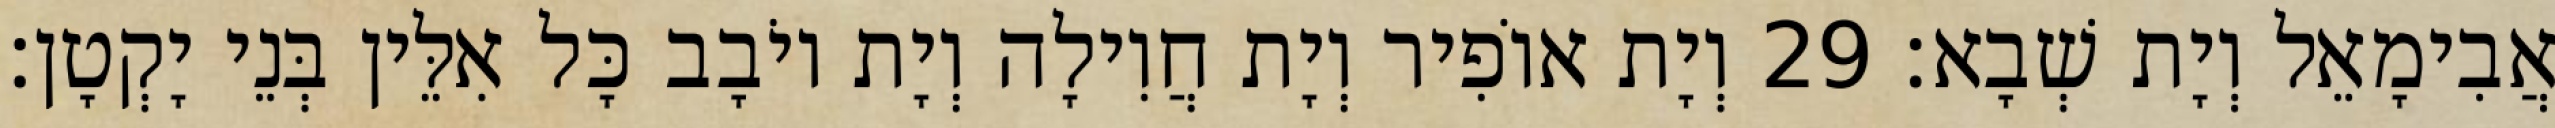
אֲבִימָאֵל וְיָת שְׁבָא׃ 29 וְיָת אוֹפִיר וְיָת חֲוִילָה וְיָת יוֹבָב כָּל אִלֵּין בְּנֵי יָקְטָן׃